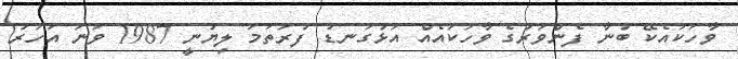
ވާހަކައެކޭ ބުނާ ފެންވަރުގެ ވާހަކައެއް އަޅުގަނޑު ފުރަތަމަ ލިޔުނީ 1987 ވަނަ އަހަރު